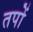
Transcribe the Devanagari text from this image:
तपों